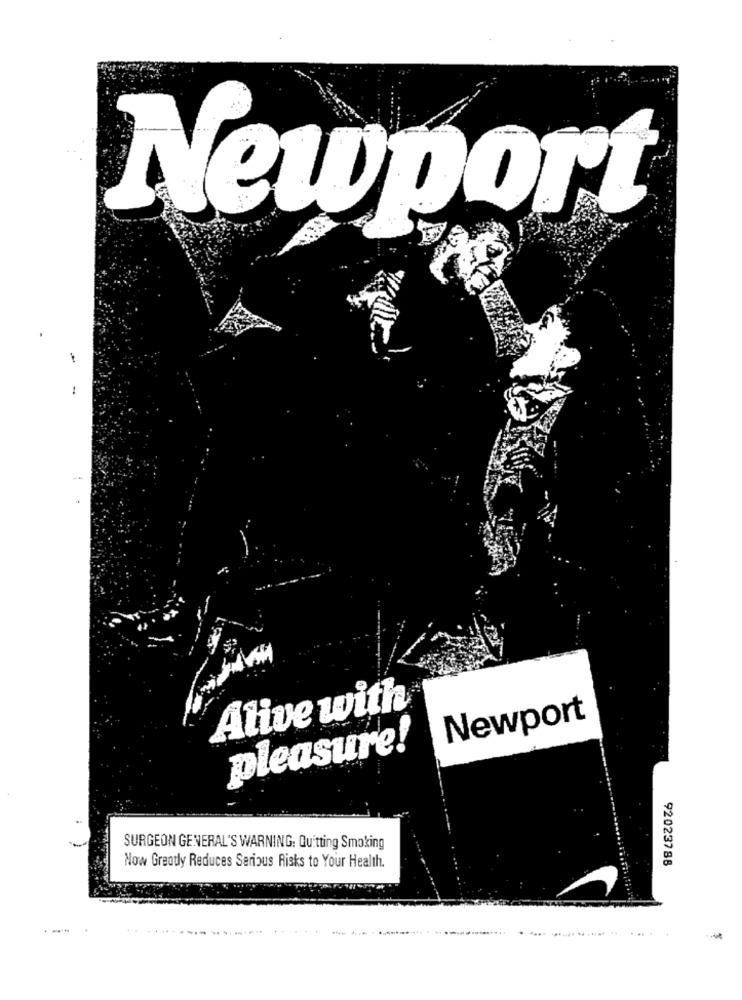
Newport
Alive with
Newport
pleasure!
SURGEON GENERAL'S WARNING: Quitting Smoking
Now Greatly Reduces Serious Risks to Your Health.
92023788
......